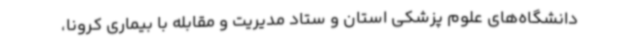
دانشگاه‌های علوم پزشکی استان و ستاد مدیریت و مقابله با بیماری کرونا،